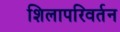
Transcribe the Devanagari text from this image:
शिलापरिवर्तन